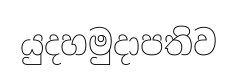
යුදහමුදාපතිව